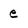
Character: e